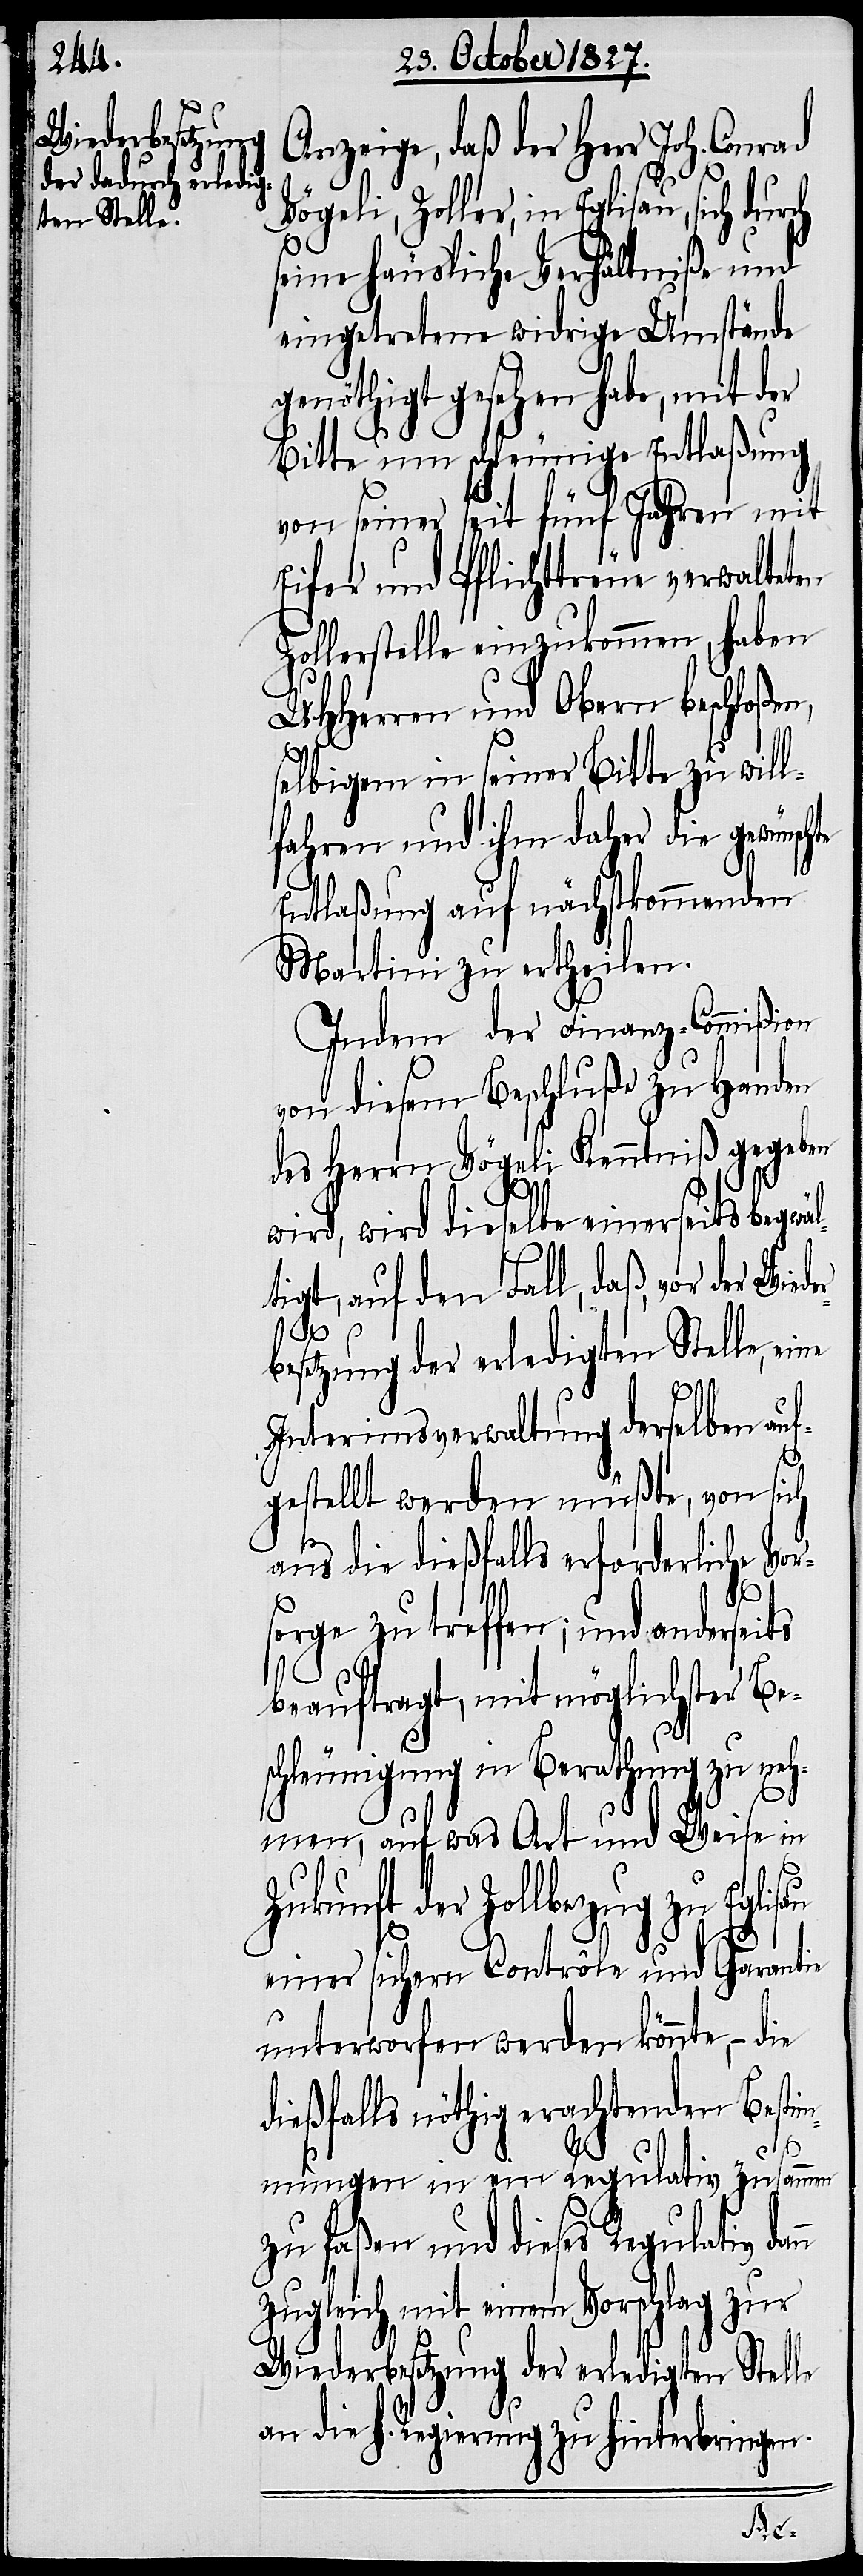
Anzeige, daß der Herr Joh. Conrad
Vögeli, Zoller, in Eglisau, sich
seine häusliche Verhältniße und
eingetretene widrige Umstände
genöthigt gesehen habe, mit der
nn
Bitte um schleunige Entlaßung
von seiner seit fünf Jahren mit
Eifer und Pflichttreue verwalteten
Zollerstelle einzukommen, haben
UHHerren und Obern beschloßen,
selbigem in seiner Bitte zu will¬
fahren und ihm daher die gewünsch¬
Entlaßung auf nächstkommenden
Martini zu ertheilen.
Indem der Finanz-Commißion
von diesem Beschluße zu Handen
des Herrn Vögeli Kenntniß gegeben
wird, wird dieselbe einerseits begwä¬
tigt, auf den Fall, daß, vor der
Interimsverwaltung derselben auf¬
gestellt werden müßte, von sich
aus die dießfalls erforderliche Vo¬
rge zu treffen; und ander¬
beauftragt, mit möglichster Be¬
schleunigung in Berathung zu neh¬
men, auf was Art und Weise in
Zukunft der Zollbezug zu Eglisau
einer sichern Contrôle und Garantie
unterworfen werden könnte, – die
ießfalls nöthig erachtenden Besti¬
mmungen in ein Regulativ zusammen
zu faßen und dieses Regulativ da¬
zugleich mit einem Vorschlag zur
Wiederbesetzung der erledigten Stelle
an die h. Regierung zu hinterbringen.
seits